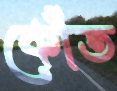
কোঁত